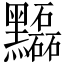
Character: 𪒽